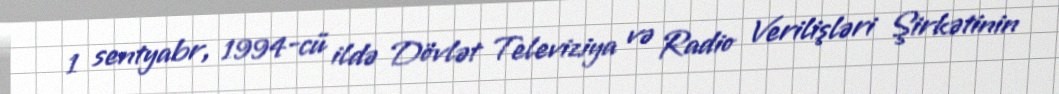
1 sentyabr, 1994-cü ildə Dövlət Televiziya və Radio Verilişləri Şirkətinin